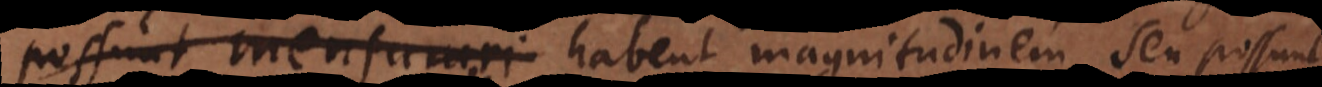
possunt mensurari habent magnitudinem seu possunt